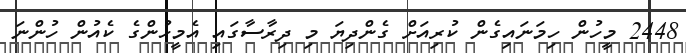
2448 މީހުން ހިމަނައިގެން ކުރިއަށް ގެންދިޔަ މި ދިރާސާގައި އެމީހުންގެ ކެއުން ހުންނަ